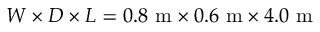
W \times D \times L = 0 . 8 ~ \mathrm { m } \times 0 . 6 ~ \mathrm { m } \times 4 . 0 ~ \mathrm { m }